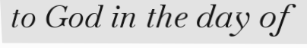
to God in the day of